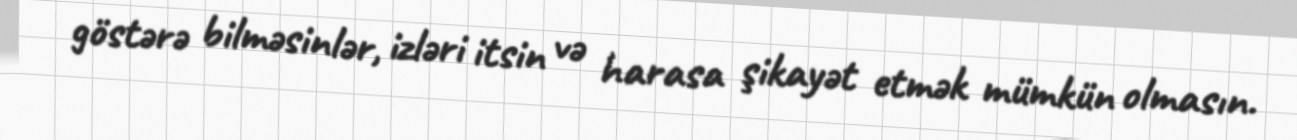
göstərə bilməsinlər, izləri itsin və harasa şikayət etmək mümkün olmasın.